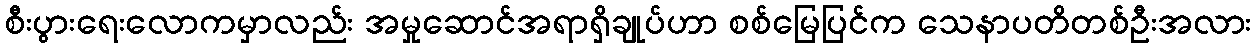
စီးပွားရေးလောကမှာလည်း အမှုဆောင်အရာရှိချုပ်ဟာ စစ်မြေပြင်က သေနာပတိတစ်ဦးအလား